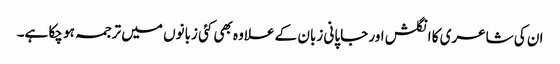
ان کی شاعری کا انگلش اور جاپانی زبان کے علاوہ بھی کئی زبانوں میں ترجمہ ہو چکا ہے۔